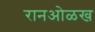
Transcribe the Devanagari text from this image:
रानओळख